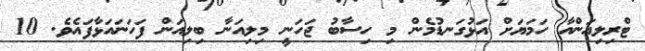
ޓްރިލިއަންއާ ހަމަޔަށް އަޅުގަނޑުމެން މި ހިސާބު ޖަހަނީ މިލިއަނާ ބިލިއަން ފަހަނައަޅާފައެވެ. 10